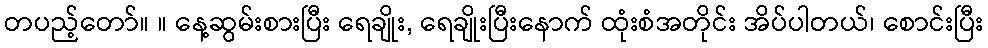
တပည့်တော်။ ။ နေ့ဆွမ်းစားပြီး ရေချိုး, ရေချိုးပြီးနောက် ထုံးစံအတိုင်း အိပ်ပါတယ်၊ စောင်းပြီး